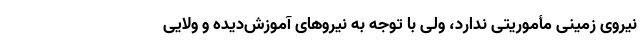
نیروی زمینی مأموریتی ندارد، ولی با توجه به نیروهای آموزش‌دیده و ولایی